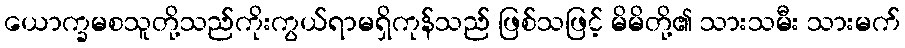
ယောက္ခမစသူတို့သည်ကိုးကွယ်ရာမရှိကုန်သည် ဖြစ်သဖြင့် မိမိတို့၏ သားသမီး သားမက်